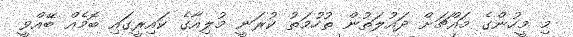
މި މީހުންގެ މައްޗަށް ދައުލަތުން ތުހުމަތު ކުރަނީ މުލިއާގެ ކައިރީގައި ބޮމެއް ބޭއްވީ